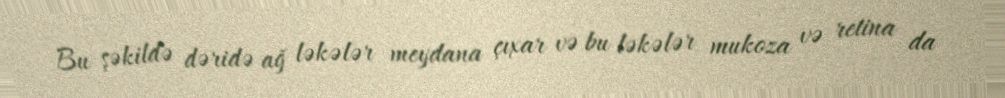
Bu şəkildə dəridə ağ ləkələr meydana çıxar və bu ləkələr mukoza və retina da